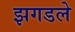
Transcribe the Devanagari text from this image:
झगडले